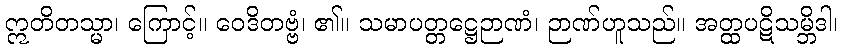
ဣတိတသ္မာ၊ ကြောင့်။ ဝေဒိတဗ္ဗံ၊ ၏။ သမာပတ္တဋ္ဌေဉာဏံ၊ ဉာဏ်ဟူသည်။ အတ္ထပဋိသမ္ဘိဒါ၊